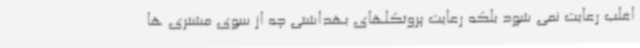
اغلب رعایت نمی شود بلکه رعایت پروتکلهای بهداشتی چه از سوی مشتری ها